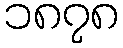
၁၈၇၈